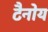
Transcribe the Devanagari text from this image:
टैनोय